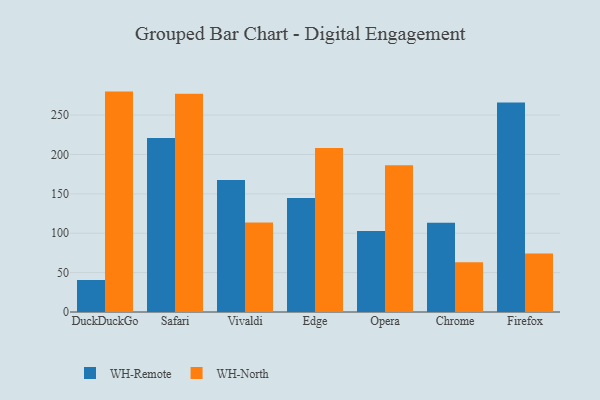
{"axis": {"x": "Browser", "y": "Operating Costs (USD K)"}, "legend": ["WH-North", "WH-Remote"], "data": [{"x": "DuckDuckGo", "y": 40.6, "type": "WH-Remote"}, {"x": "DuckDuckGo", "y": 279.8, "type": "WH-North"}, {"x": "Safari", "y": 221.0, "type": "WH-Remote"}, {"x": "Safari", "y": 277.1, "type": "WH-North"}, {"x": "Vivaldi", "y": 167.7, "type": "WH-Remote"}, {"x": "Vivaldi", "y": 113.6, "type": "WH-North"}, {"x": "Edge", "y": 144.7, "type": "WH-Remote"}, {"x": "Edge", "y": 208.1, "type": "WH-North"}, {"x": "Opera", "y": 102.7, "type": "WH-Remote"}, {"x": "Opera", "y": 186.3, "type": "WH-North"}, {"x": "Chrome", "y": 113.2, "type": "WH-Remote"}, {"x": "Chrome", "y": 63.0, "type": "WH-North"}, {"x": "Firefox", "y": 266.0, "type": "WH-Remote"}, {"x": "Firefox", "y": 74.2, "type": "WH-North"}]}